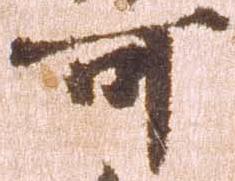
可